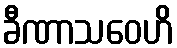
ခီဏာသဝေဟိ